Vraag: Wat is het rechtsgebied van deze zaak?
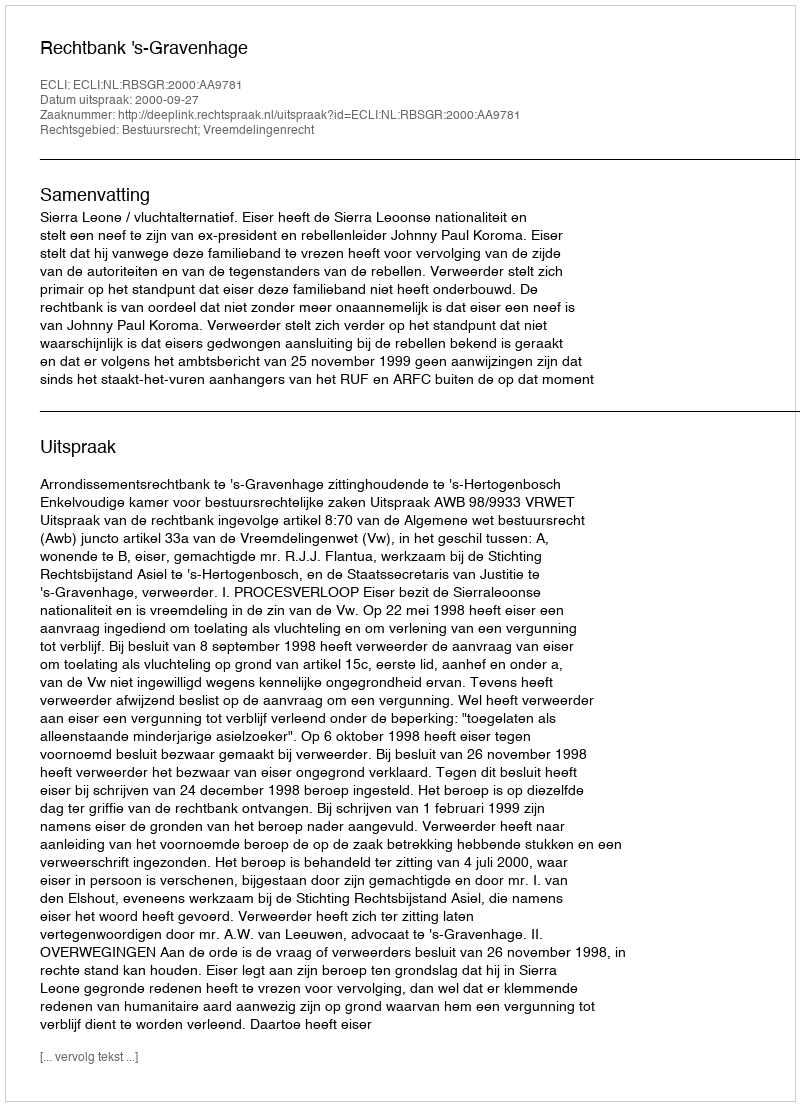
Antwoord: Bestuursrecht; Vreemdelingenrecht